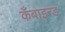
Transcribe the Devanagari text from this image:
कँबाइन्ड